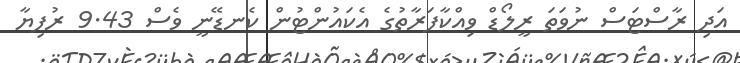
އަދި ރާސްޓަސް ނުވަތަ ރީލޯޑް ވިއްކާފަރާތުގެ އެކައުންޓުން ކެނޑޭނީ ވެސް 9.43 ރުފިޔާ